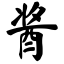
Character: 酱